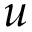
u